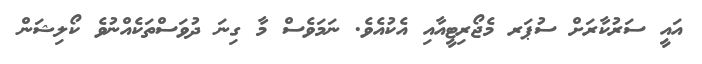
އައީ ސަރުކާރަށް ސުޕަރ މެޖޯރިޓީއާއި އެކުއެވެ. ނަމަވެސް މާ ގިނަ ދުވަސްތަކެއްނުވެ ކޯލިޝަން